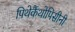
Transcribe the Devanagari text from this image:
पिथेकैंथोपिसीनी